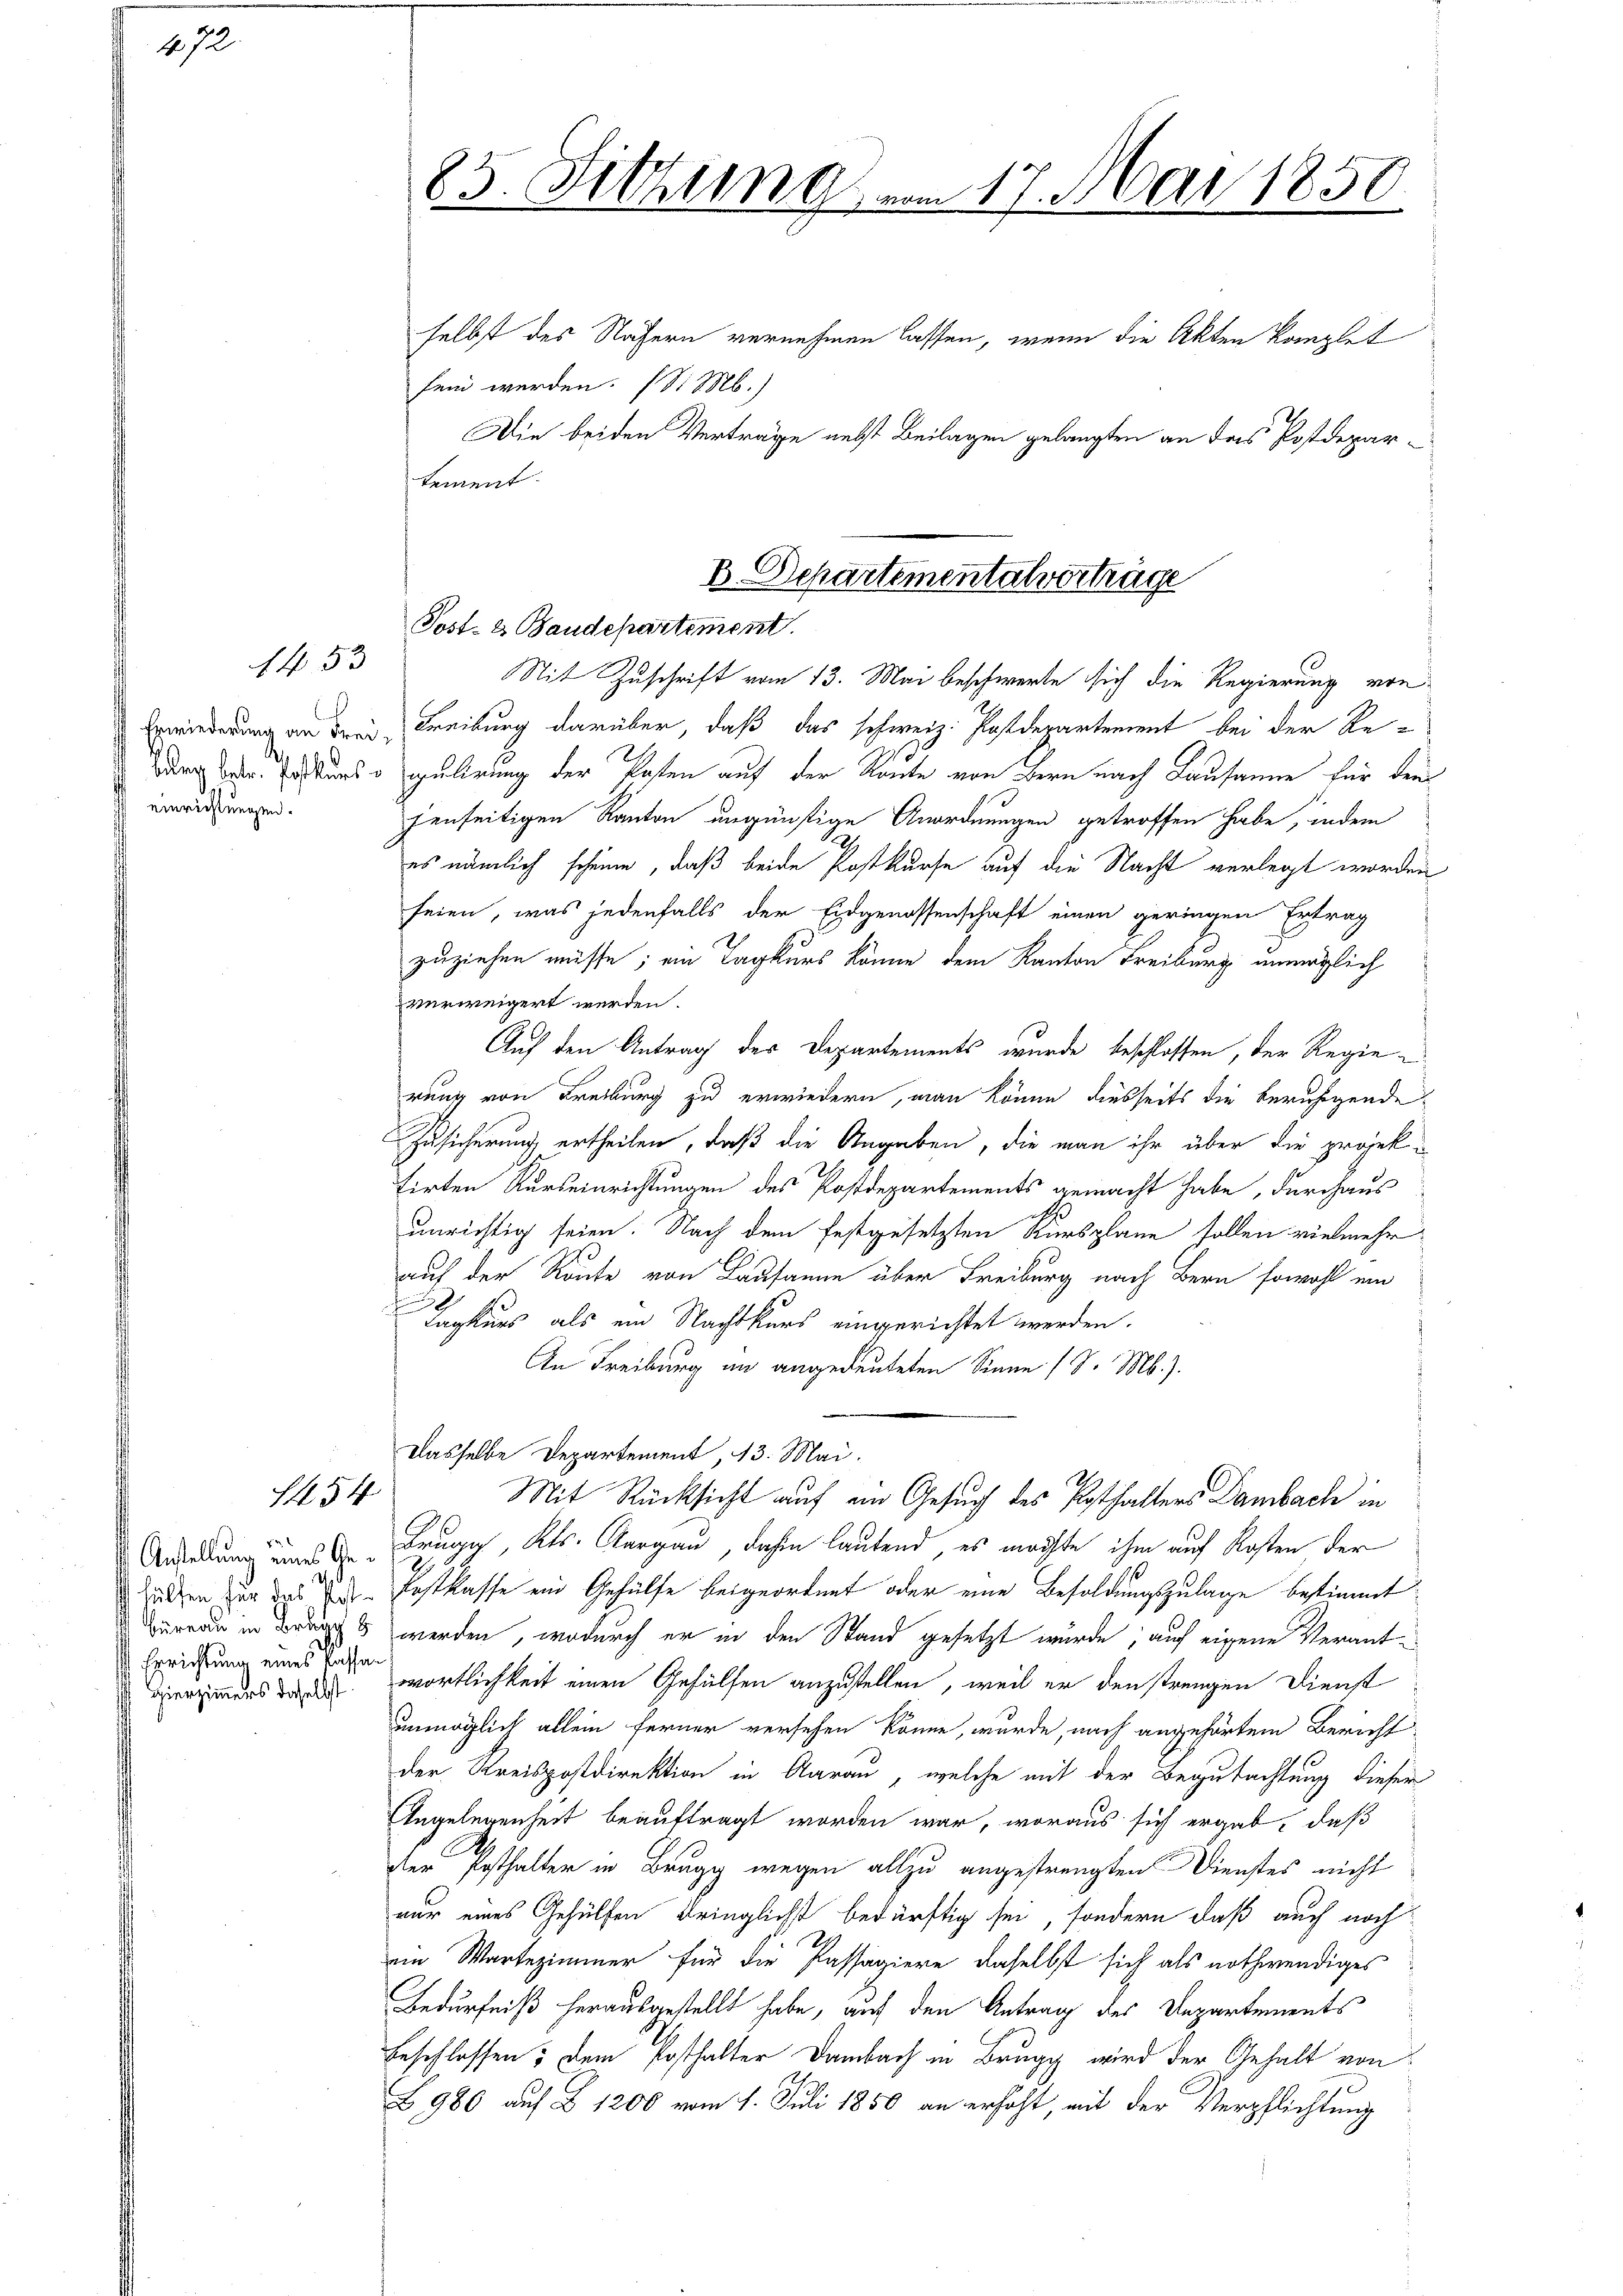
4722

einrichtungen.

1453

1454

r
d
Errichtung eines Passa¬
Hierzimmers daselbst.

B. Departementalverträge
Post- & Baudepartement.

85. Setzung

selbst des Nähern vernehmen lassen, wenn die Akten kanzlet
fein werden. (Si Mb.)
Die beiden Verträge nebst Beilagen gelangten an das Postdepartement.

Sit Zuschrift vom 13. Mai beschwerte sich die Regierung von
Erwiederung an drei Freiburg darüber, daß das schweiz. Postdepartement bei der Redurch der Ersters gulirung der Posten auf der Raute von Bern nach Lausanne für dein
jenseitigen Kanton ungünstige Anordnungen getroffen habe, indem
es nämlich scheine, daß beide Postkurse auf die Nacht verlegt worden
seien, was jedenfalls der Eidgenossenschaft einen geringen Ertrag
zuziehen müsse; ein Tagkurs könne dem Kanton Freiburg unmöglich
verweigert werden.
Auf den Antrag der Departements wurde beschlossen, der Regierung von Freiburg zu erwiedern, man könne diesseits die beruhigende
Zusicherung ertheilen, daß die Angaben, die man ihr über die projektirten Ausseinrichtungen des Postdepartements gemacht habe, durchaus
unrichtig seien. Nach dem festgesetzten Kursplane sollen vielmehr
auf der Rönte von Lausanne über Freiburg nach Bern sowohl ein
Kagkurs als ein Nachtkurs eingerichtet werden.
In Freiburg in angedeuteten Sinne (S. M.).
Dasselbe Departement 13. Mai.
Mit Rücksicht auf ein Gesuch des Posthalters Dambach in
Andelung eine Brugg, Kts. Aargau, dahin lautend, es möchte ihm auf Kosten der
2
wichen zur das der Festkasse ein Gehülfe beigeordnet oder eine Besoldungszulage bestimmt
a in der werden, wodurch er in den Stand gesetzt würde; auf eigene Verantwortlichkeit einen Gehülfen anzustellen, weil er den strengen Dienst
unmöglich allein ferner versehen könne, wurde, nach angehörtem Bericht
der Kreispostdirektion in Aarau, welche mit der Begutachtung dieser
Angelegenheit beauftragt worden war, woraus sich ergab, daß
der Posthalter in Brugg wegen allzu angestrengten Dienstes nicht
nur eines Gehülfen Bringlicht bedürftig sei, sondern daß auch noch
ein Wartezimmer für die Passagiere daselbst sich als nothwendiges
Bedürfniß herausgestellt habe, auf den Antrag des Departements
Beschlossen; dem Posthalter Dambach in Brugg wird der Gehalt von
B 980 auf § 1200 vom 1. Juli 1850 an erhöht, mit der Verpflichtung

m 17. Mai 1850.